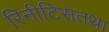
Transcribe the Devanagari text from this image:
रिनीटिसतथा